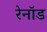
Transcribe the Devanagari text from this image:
रेनॉड